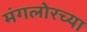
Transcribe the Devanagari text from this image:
मंगलोरच्या